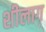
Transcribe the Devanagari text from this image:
शीलाग